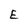
Character: E